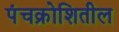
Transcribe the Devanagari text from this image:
पंचक्रोशितील